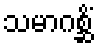
သမာဂစ္ဆိံ